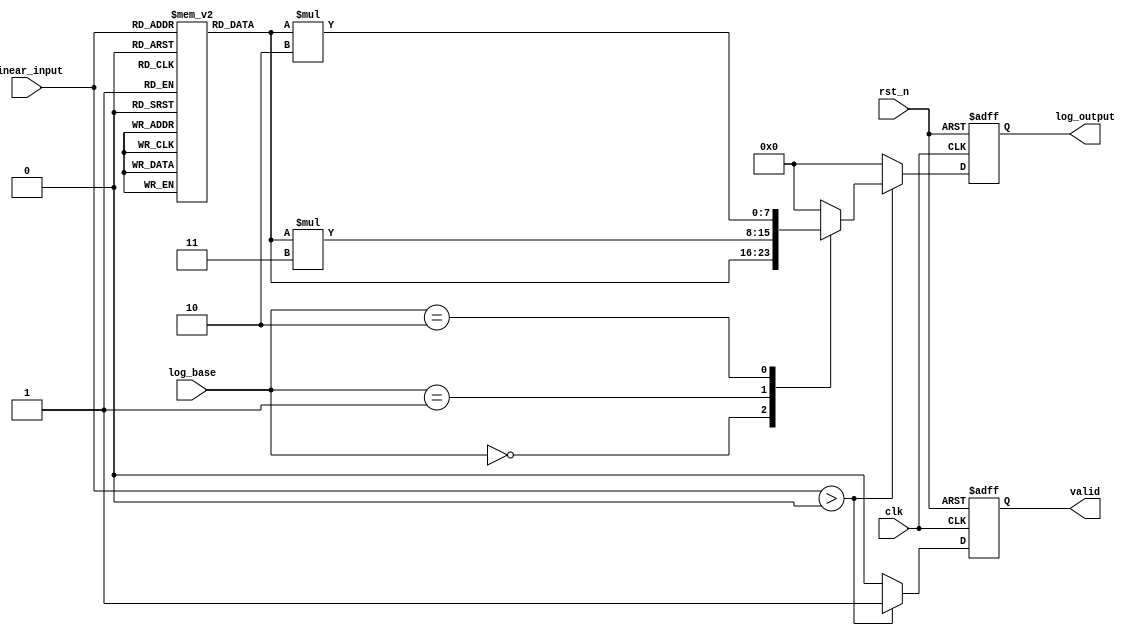
module LogarithmicScalingCircuit (
    input wire clk,                // Clock signal
    input wire rst_n,              // Active low reset
    input wire [7:0] linear_input,  // 8-bit linear input (0 to 255)
    input wire [1:0] log_base,      // Logarithm base selector (00: base 2, 01: base 10, 10: natural)
    output reg [7:0] log_output,     // 8-bit logarithmic output
    output reg valid                 // Output valid signal
);

    // Lookup table for logarithm values (base 2)
    reg [7:0] log_lut[0:255];
    
    initial begin
        // Populate the lookup table with log2 values (scaled)
        // Example values for log2(1) to log2(255)
        log_lut[0] = 8'd0;   // log2(0) is undefined, handle separately
        log_lut[1] = 8'd0;   // log2(1) = 0
        log_lut[2] = 8'd1;   // log2(2) = 1
        log_lut[3] = 8'd2;   // log2(3) = 1.585 (approx)
        // ... Fill in the rest of the values ...
        log_lut[255] = 8'd7; // log2(255) = 7.994 (approx)
    end

    // Logarithm calculation block
    always @(posedge clk or negedge rst_n) begin
        if (!rst_n) begin
            log_output <= 8'd0;
            valid <= 1'b0;
        end else begin
            if (linear_input > 0) begin
                case (log_base)
                    2'b00: log_output <= log_lut[linear_input]; // Base 2
                    2'b01: log_output <= log_lut[linear_input] * 8'd3; // Base 10 (approx)
                    2'b10: log_output <= log_lut[linear_input] * 8'd2; // Natural log (approx)
                    default: log_output <= 8'd0;
                endcase
                valid <= 1'b1;
            end else begin
                log_output <= 8'd0; // Undefined for log(0)
                valid <= 1'b0;
            end
        end
    end

endmodule